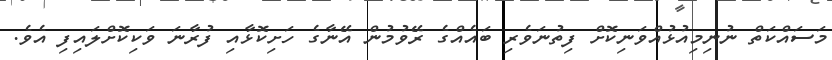
މަސައްކަތް ނުނިމިއުޅުއްވަނިކޮށް ފިތުނަވެރި ބައެއްގެ ރޭވުމުން އޭނާގެ ހަށިކޮޅާއި ފުރާނަ ވަކިކޮށްލައިފި އެވެ.